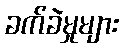
ခက်ခဲမှုများ